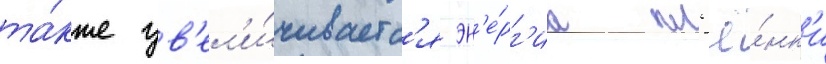
та́кже ув'ел'и́чиваетс'я эн'е́рг'иа пл'ё́нк'и